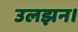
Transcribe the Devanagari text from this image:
उलझन।